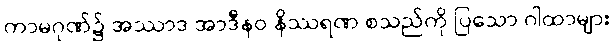
ကာမဂုဏ်၌ အဿာဒ အာဒီနဝ နိဿရဏ စသည်ကို ပြသော ဂါထာများ